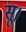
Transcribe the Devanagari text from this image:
सू।